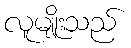
လူမျိုးသည်